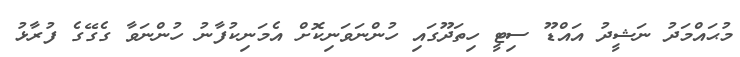
މުޙައްމަދު ނަޝީދު އައްޑޫ ސިޓީ ހިތަދޫގައި ހުންނަވަނިކޮށް އެމަނިކުފާނު ހުންނަވާ ގެގޭގެ ފުރާޅު